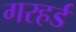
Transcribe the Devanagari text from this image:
गरहर्ड